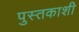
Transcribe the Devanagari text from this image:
पुस्तकाशी